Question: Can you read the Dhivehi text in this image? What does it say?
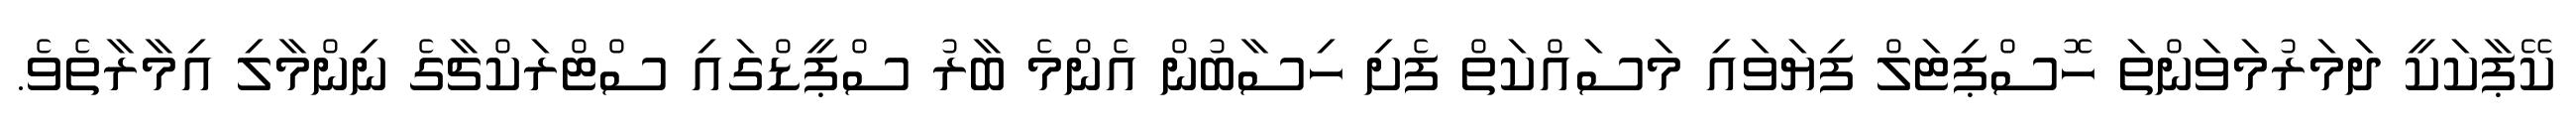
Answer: ކޭޕާކަކީ ދަމަރުމަވަންތަ ހޮސްޕިޓަލް ފިޔަވައި މަސައްކަތް ފެށި ހިސާބުން އެންމެ ބާރު ސްޕީޑްގައި ސްޓްރަކްޗާގެ ނިންމާލި އިމާރާތެވެ.